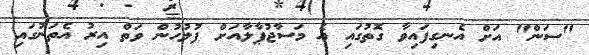
"ސަން" އަށް އެނގިފައިވާ ގޮތުގައި އެ މަސާޖުޕާލާއަށް ފުލުހުން ވަތް އިރު އެތަނުގައި